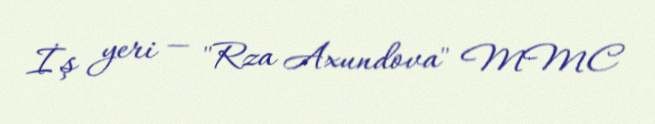
İş yeri — "Rza Axundova" MMC